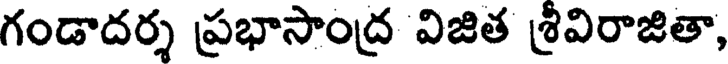
గండాదర్శ ప్రభాసాంద్ర విజిత శ్రీవిరాజితా,